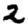
Digit: 2